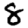
Digit: 8